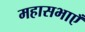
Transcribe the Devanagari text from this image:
महासभाएँ